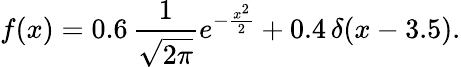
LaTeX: f(x)=0.6\, {\frac{1}{\sqrt{2\pi}}}e^{-{\frac{x^{2}}{2}}}+0.4\, \delta(x-3.5).